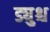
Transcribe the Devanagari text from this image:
ड्युश्च